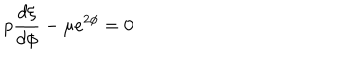
LaTeX: p \frac { d \xi } { d \phi } - \mu e ^ { 2 \phi } = 0